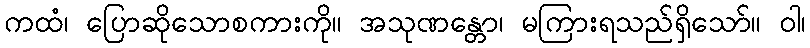
ကထံ၊ ပြောဆိုသောစကားကို။ အသုဏန္တော၊ မကြားရသည်ရှိသော်။ ဝါ၊